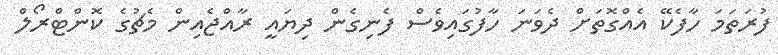
ފުރަތަމަ ހާފެކޭ އެއްގޮތަށް ދެވަނަ ހާފުގައިވެސް ފެނިގެން ދިޔައީ ރާއްޖެއިން މެޗުގެ ކޮންޓްރޯލް